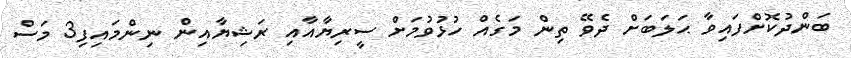
ބަންދުކޮށްފައިވާ ޙަލަބަށް ދެވޭ ތިން މަގެއް ހުޅުވުމަށް ސީރިޔާއާއި ރަޝިޔާއިން ނިންމައިފި3 މަސް